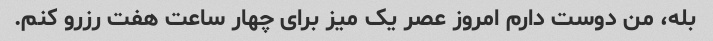
بله، من دوست دارم امروز عصر یک میز برای چهار ساعت هفت رزرو کنم.